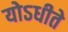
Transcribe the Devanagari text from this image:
योऽधीते